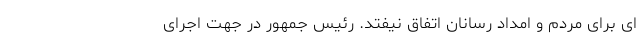
ای برای مردم و امداد رسانان اتفاق نیفتد. رئیس جمهور در جهت اجرای